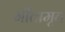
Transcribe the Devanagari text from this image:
गीतामृत